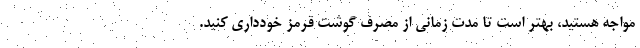
مواجه هستید، بهتر است تا مدت زمانی از مصرف گوشت قرمز خودداری کنید.